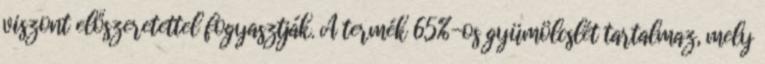
viszont előszeretettel fogyasztják. A termék 65%-os gyümölcslét tartalmaz, mely